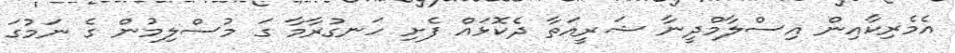
އެމެރިކާއިން އިސްލާމްދީނާ ޝަރީއަތާ ދެކޮޅައް ފެށި ހަނގުރާމާ ގަ މުސްލިމުން ގެ ނަމުގަ